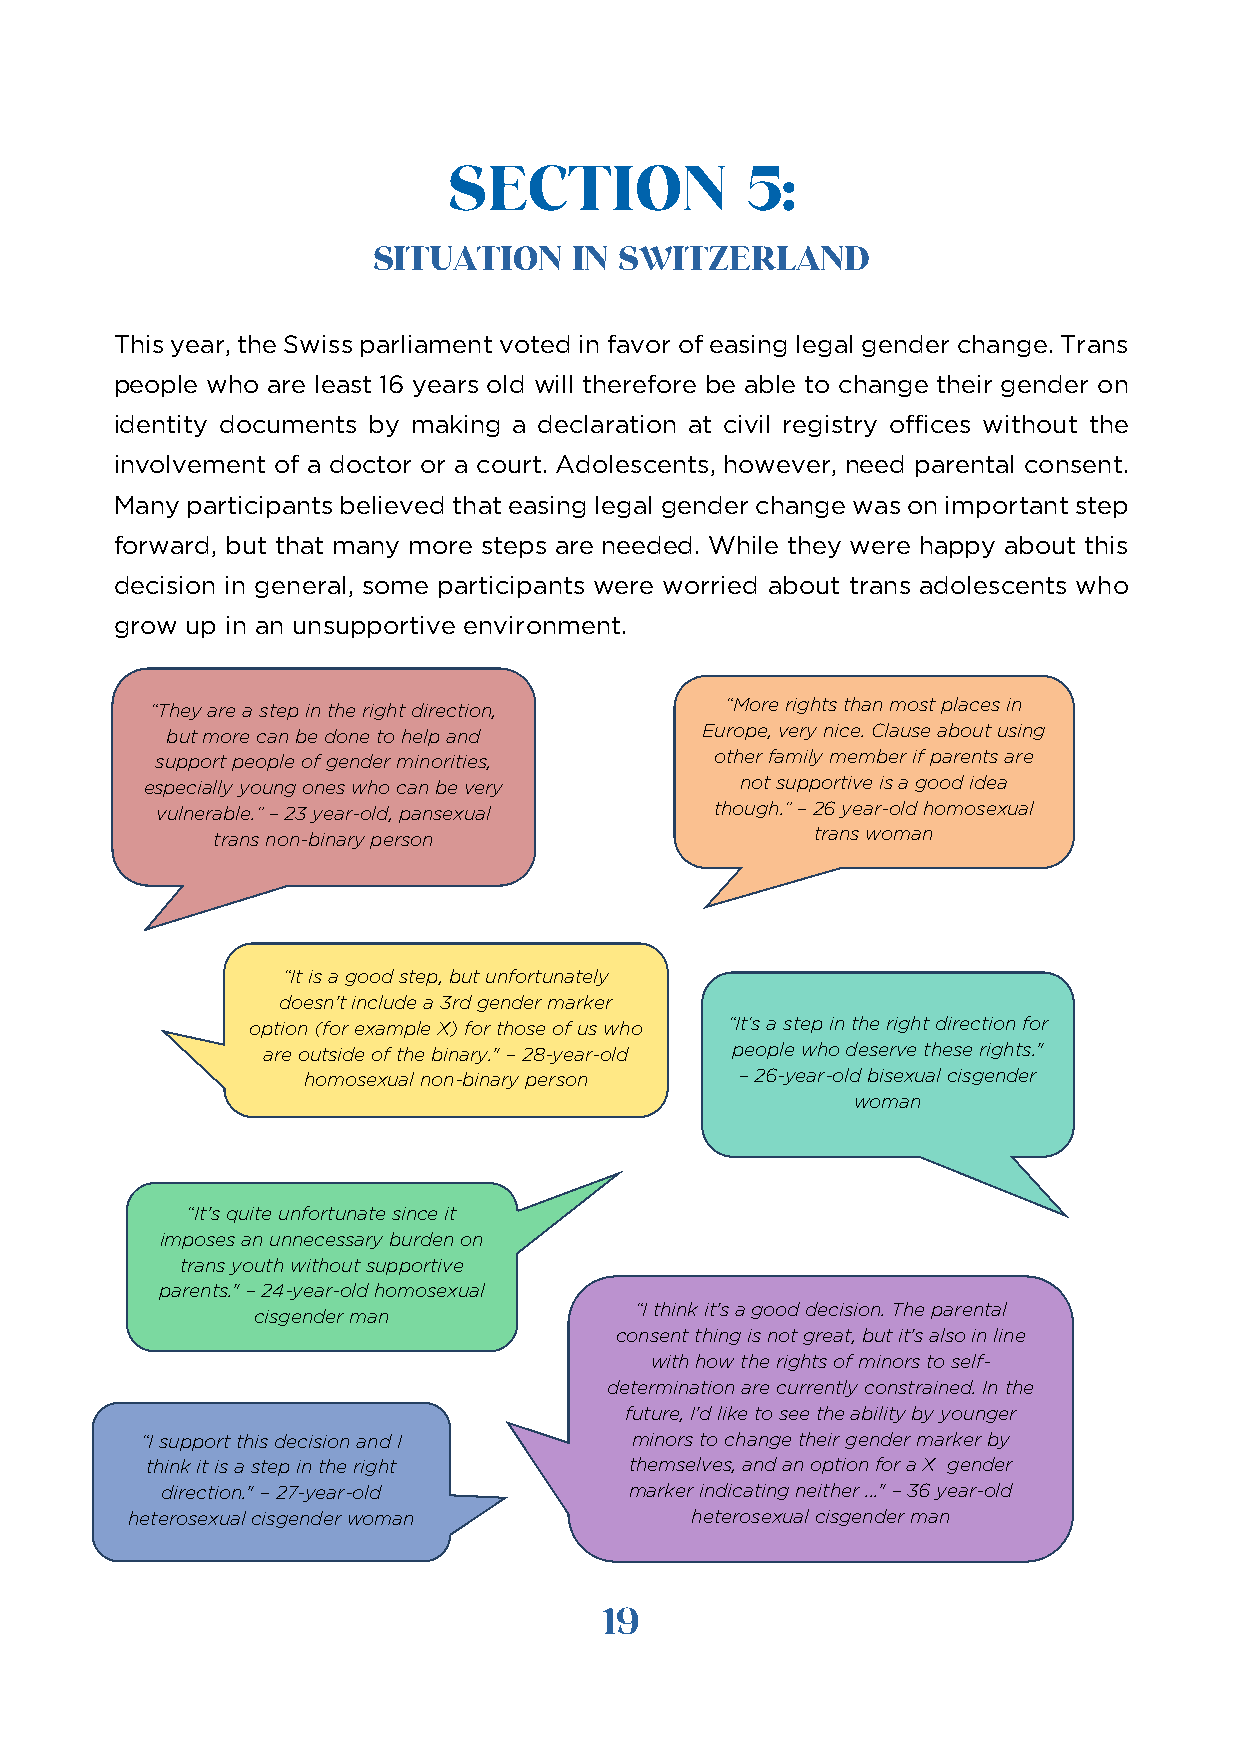
SECTION            5:
 SITUATION    IN SWITZERLAND
 This year, the Swiss parliament voted in favor of easing legal gender change. Trans
 people who are least 16 years old will therefore be able to change their gender on
 identity documents by making a declaration at civil registry offices without the
 involvement of a doctor or a court. Adolescents, however, need parental consent.
 Many participants believed that easing legal gender change was on important step
 forward, but that many more steps are needed. While they were happy about this
 decision in general, some participants were worried about trans adolescents who
 grow up in an unsupportive environment.
 “They are a step in the right direction, “More rights than most places in
 but more can be done to help and   Europe, very nice. Clause about using
 support people of gender minorities, other family member if parents are
 especially young ones who can be very  not supportive is a good idea
 vulnerable.” – 23 year-old, pansexual though.” – 26 year-old homosexual
 trans non-binary person                 trans woman
 “It is a good step, but unfortunately
 doesn't include a 3rd gender marker
 option (for example X) for those of us who “It’s a step in the right direction for
 are outside of the binary." – 28-year-old people who deserve these rights."
 homosexual non-binary person – 26-year-old bisexual cisgender
 woman
 “It's quite unfortunate since it
 imposes an unnecessary burden on
 trans youth without supportive
 parents." – 24-year-old homosexual
 “I think it's a good decision. The parental
 cisgender man
 consent thing is not great, but it's also in line
 with how the rights of minors to self-
 determination are currently constrained. In the
 future, I'd like to see the ability by younger
 “I support this decision and I   minors to change their gender marker by
 think it is a step in the right themselves, and an option for a X gender
 direction." – 27-year-old      marker indicating neither ..." – 36 year-old
 heterosexual cisgender woman          heterosexual cisgender man
 19